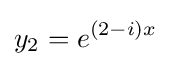
y_{2}=e^{(2-i)x}